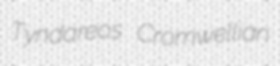
Tyndareos Cromwellian